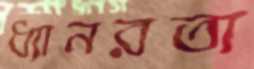
ধ্যানরতা